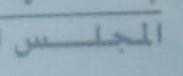
الجلس